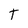
Character: T